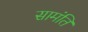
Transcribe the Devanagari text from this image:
सामंति